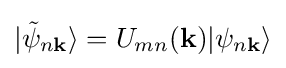
|{\tilde {\psi }}_{n\mathbf {k} }\rangle =U_{mn}(\mathbf {k} )|\psi _{n\mathbf {k} }\rangle